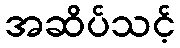
အဆိပ်သင့်